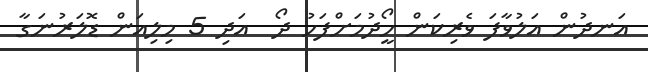
އަނދުން އަލުވާފަ ވެރިކަން ހޯީދުމަށްފަހު ދޯ  އަދި 5 މިލިއަން ޑޮލަރުނަގާ